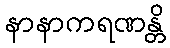
နာနာကရဏန္တိ